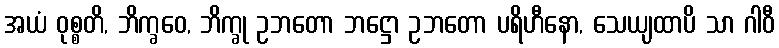
အယံ ဝုစ္စတိ, ဘိက္ခဝေ, ဘိက္ခု ဥဘတော ဘဋ္ဌော ဥဘတော ပရိဟီနော, သေယျထာပိ သာ ဂါဝီ